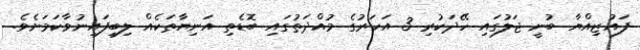
ފައުޒިއްްޔާ ބުނީ ޖަލުގައި ހޭދަކުރި 3 އަހަރުގެ މުއްދަތުގައި ބޮޑެތި އަނިޔާތަކެއް ލިބިފައިނުވާކަމަށެވެ.